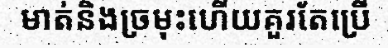
មាត់និងច្រមុះហើយគួរតែប្រើ